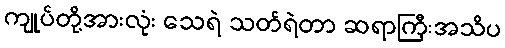
ကျုပ်တို့အားလုံး သေရဲ သတ်ရဲတာ ဆရာကြီးအသိပ